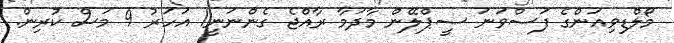
މޯލްޑިވިއަންގެ ފަސްވަނަ ސީޕްލޭން މާދަމާ ރާއްޖެ ގެންނަނީ1 އަހަރު 9 މަސް ކުރިން.